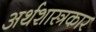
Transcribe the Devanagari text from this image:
अर्थशास्त्रकार